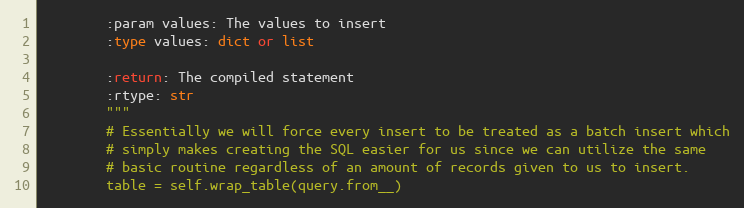
Language: Python
        :param values: The values to insert
        :type values: dict or list

        :return: The compiled statement
        :rtype: str
        """
        # Essentially we will force every insert to be treated as a batch insert which
        # simply makes creating the SQL easier for us since we can utilize the same
        # basic routine regardless of an amount of records given to us to insert.
        table = self.wrap_table(query.from__)